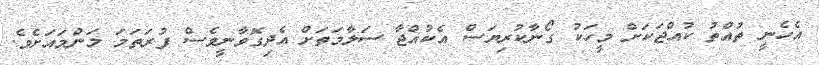
އެހެނީ ތުއްތު ކުއްޖަކަށް މީހަކު ގޯނާކުރިޔަސް އެކުއްޖާ ސަލާމަތަށް އެދިގޮވާނީވެސް ފުރަތަމަ މަންމައަށެވެ.